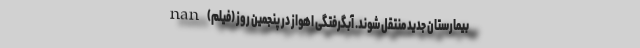
بیمارستان جدید منتقل شوند. آبگرفتگی اهواز در پنجمین روز (فیلم) nan